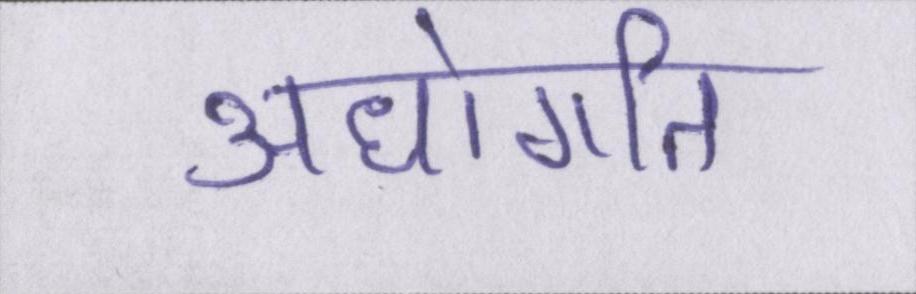
अधोगति